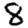
Digit: 8